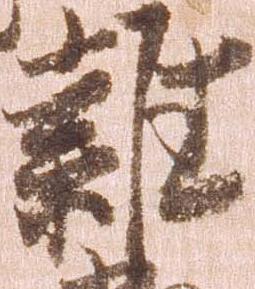
雑